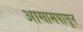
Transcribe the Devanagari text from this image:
आसामपासून